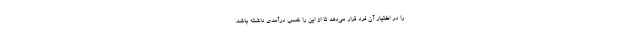
را در اختیار آن فرد قرار می‌دهد تا از این را کسب درآمدی داشته باشد.